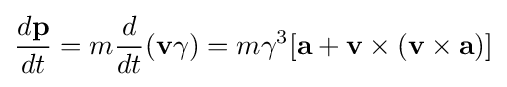
{\frac {d{\bf {p}}}{dt}}=m{\frac {d}{dt}}({\bf {v}}\gamma )=m\gamma ^{3}[{\bf {a}}+{\bf {v\times (v\times a)}}]